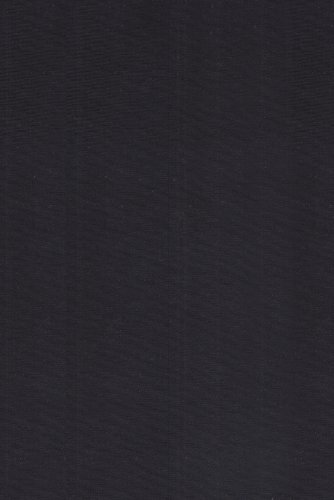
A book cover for Introduction to Fourier Analysis on Euclidean Spaces. (PMS-32); Elias M. Stein; Science & Math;